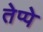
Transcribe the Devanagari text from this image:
तेप्पे